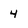
Character: 4